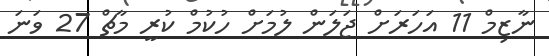
ނާޒިމް 11 އަހަރަށް ޖަލަން ލުމަށް ހުކުމް ކުރީ މާޗް 27 ވަނަ